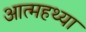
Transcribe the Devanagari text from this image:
आत्महथ्या